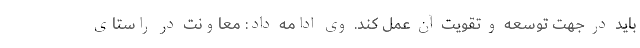
باید در جهت توسعه و تقویت آن عمل کند. وی ادامه داد: معاونت در راستای